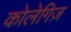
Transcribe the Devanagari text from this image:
कोलेगिज़